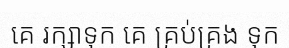
គេ រក្សាទុក គេ គ្រប់គ្រង ទុក